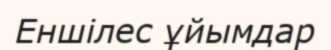
Еншілес ұйымдар